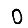
Digit: 0